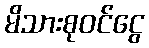
မိသားစုဝင်ငွေ